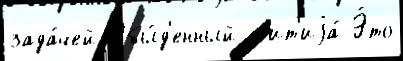
зада́чей Обы́д'енный жит'иjа́ Э́то